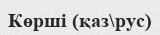
Көрші (қаз\рус)